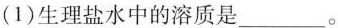
(1)生理盐水中的溶质是___。